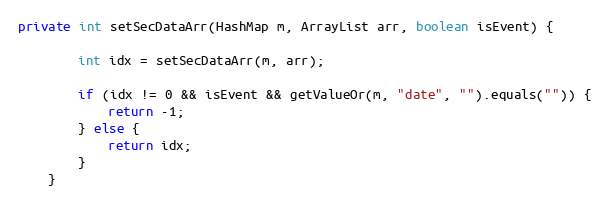
Language: Java
private int setSecDataArr(HashMap m, ArrayList arr, boolean isEvent) {

        int idx = setSecDataArr(m, arr);

        if (idx != 0 && isEvent && getValueOr(m, "date", "").equals("")) {
            return -1;
        } else {
            return idx;
        }
    }